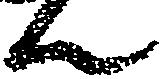
ん